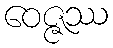
ဝေဇ္ဇဿ